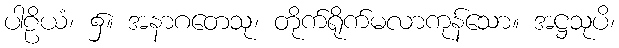
ပါဠိယံ၊ ၌။ အနာဂတေသု၊ တိုက်ရိုက်မလာကုန်သော။ အဋ္ဌသုပိ၊